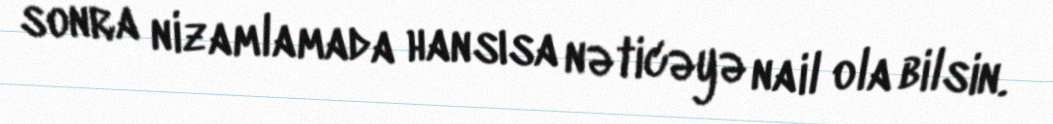
sonra nizamlamada hansısa nəticəyə nail ola bilsin.